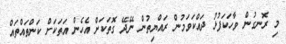
މި ރޮނގުން ވާހަކަފުޅު ދައްކަވަމުން ރައްޔިތުން ނޭދޭ ގޮތަކަށް އެހެން އަތަކަށް ކަންތައްތައް